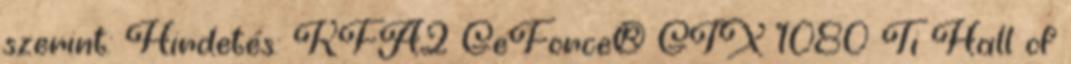
szerint: Hirdetés: KFA2 GeForce® GTX 1080 Ti Hall of